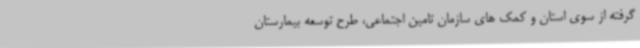
گرفته از سوی استان و کمک های سازمان تامین اجتماعی، طرح توسعه بیمارستان